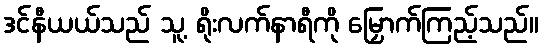
ဒင်နီယယ်သည် သူ့ ရိုးလက်နာရီကို မြှောက်ကြည့်သည်။